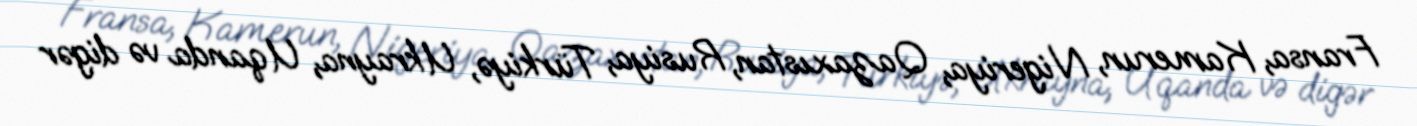
Fransa, Kamerun, Nigeriya, Qazaxıstan, Rusiya, Türkiyə, Ukrayna, Uqanda və digər